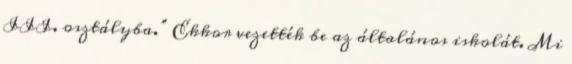
III. osztályba.” Ekkor vezették be az általános iskolát. Mi